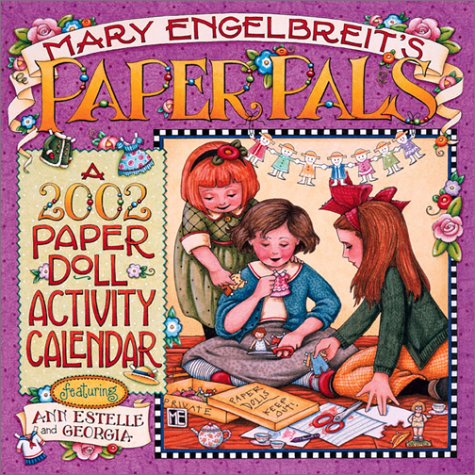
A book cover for Paper Pals:  2002 Paper Doll Activity Calendar; Mary Engelbreit; Calendars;